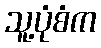
သူ့ပုံစံက